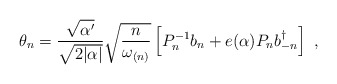
\begin{align*}\theta_{n}= \frac{\sqrt{\alpha'}}{\sqrt{2 |\alpha|}} \sqrt{\frac{n}{\omega_{(n)}}} \left[ P^{-1}_n b_n + e(\alpha) P_n b_{-n}^{\dagger} \right]~,\end{align*}